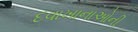
દવાખાનાઓની